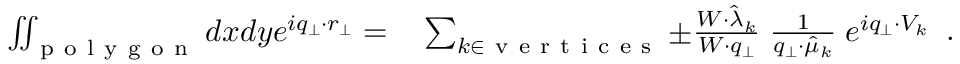
\begin{array} { r l } { \iint _ { \mathrm { ~ p ~ o ~ l ~ y ~ g ~ o ~ n ~ } } d x d y e ^ { i q _ { \perp } \cdot r _ { \perp } } = } & { { } \sum _ { k \in \mathrm { ~ v ~ e ~ r ~ t ~ i ~ c ~ e ~ s ~ } } \pm \frac { W \cdot \hat { \lambda } _ { k } } { W \cdot q _ { \perp } } \; \frac { 1 } { q _ { \perp } \cdot \hat { \mu } _ { k } } \; e ^ { i q _ { \perp } \cdot V _ { k } } } \end{array} .